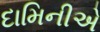
દામિનીએ